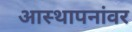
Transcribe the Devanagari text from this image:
आस्‍थापनांवर